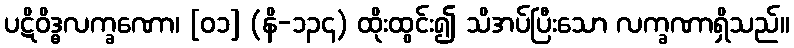
ပဋိဝိဒ္ဓလက္ခဏော၊ [၀၁] (နိ-၁၃၄) ထိုးထွင်း၍ သိအပ်ပြီးသော လက္ခဏာရှိသည်။